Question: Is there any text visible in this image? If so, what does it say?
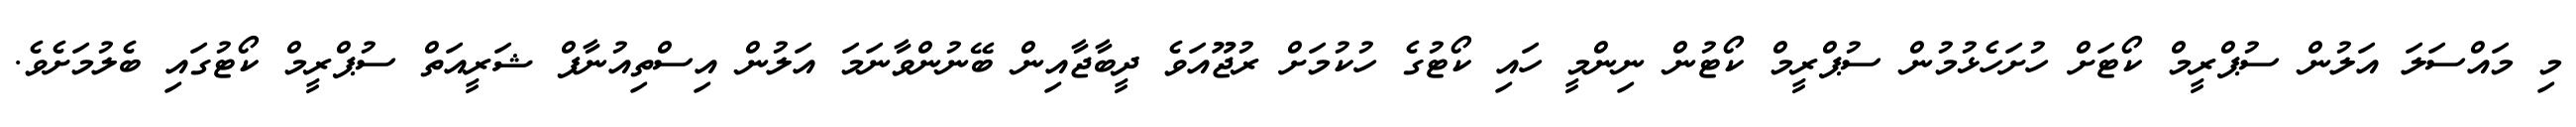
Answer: މި މައްސަލަ އަލުން ސުޕްރީމް ކޯޓަށް ހުށަހެޅުމުން ސުޕްރީމް ކޯޓުން ނިންމީ ހައި ކޯޓުގެ ހުކުމަށް ރުޖޫއަވެ ދީބާޖާއިން ބޭނުންވާނަމަ އަލުން އިސްތިއުނާފް ޝަރީއަތް ސުޕްރީމް ކޯޓުގައި ބެލުމަށެވެ.